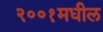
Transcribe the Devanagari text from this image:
२००१मधील